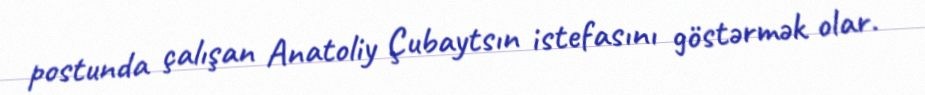
postunda çalışan Anatoliy Çubaytsın istefasını göstərmək olar.